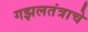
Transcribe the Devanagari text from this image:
गझलतंत्राचे